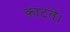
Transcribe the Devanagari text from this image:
काटते।